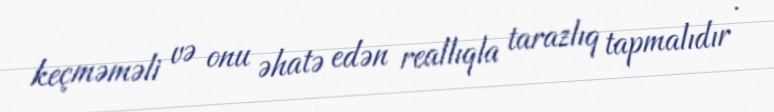
keçməməli və onu əhatə edən reallıqla tarazlıq tapmalıdır .